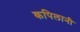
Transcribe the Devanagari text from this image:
कपिलानी